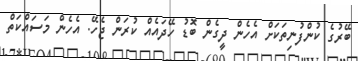
ބޭރުގެ ކުންފުނިތަކަށް އެހެން ދީގެން ބޮޑު ހޭދައެއް ކުރަން ޖެހޭ. އެހެން މަސައްކަތް